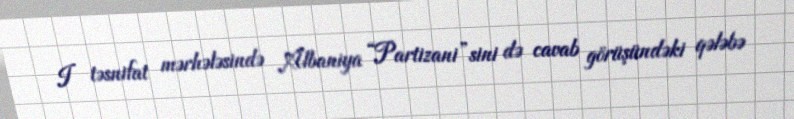
I təsnifat mərhələsində Albaniya “Partizani”sini də cavab görüşündəki qələbə